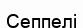
Сеппелі